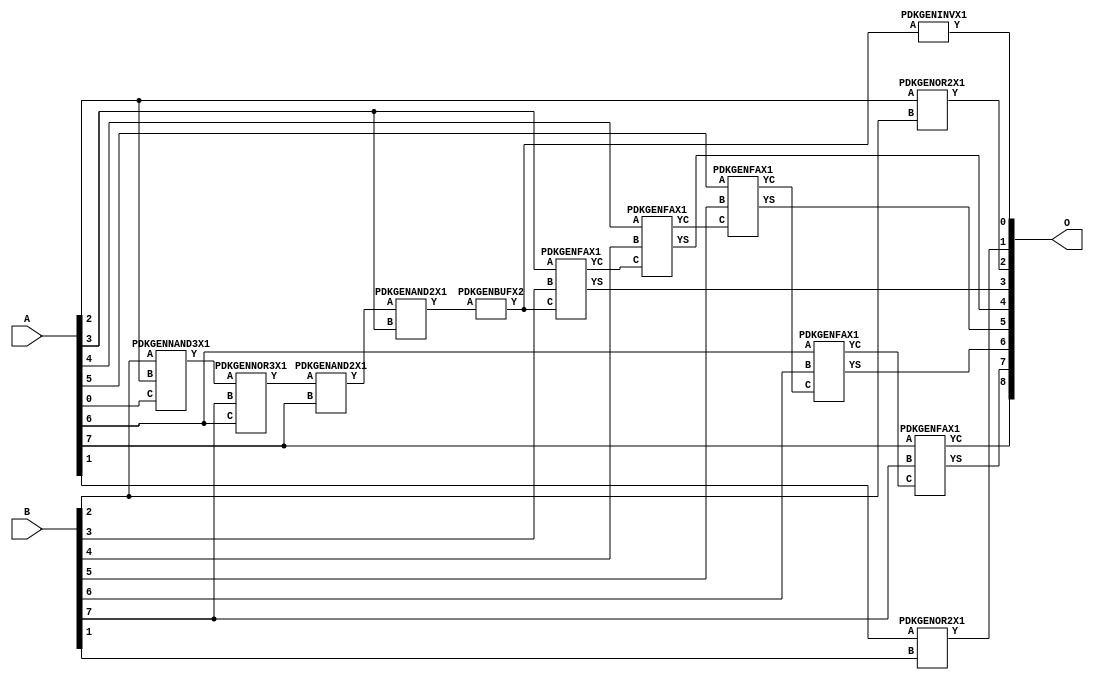
// Library = EvoApprox8b
// Circuit = add8_026
// Area   (180) = 868
// Delay  (180) = 1.580
// Power  (180) = 214.00
// Area   (45) = 63
// Delay  (45) = 0.590
// Power  (45) = 21.16
// Nodes = 13
// HD = 141440
// MAE = 1.75781
// MSE = 6.33594
// MRE = 0.93 %
// WCE = 7
// WCRE = 100 %
// EP = 71.8 %

module add8_026(A, B, O);
  input [7:0] A;
  input [7:0] B;
  output [8:0] O;
  wire [2031:0] N;

  assign N[0] = A[0];
  assign N[1] = A[0];
  assign N[2] = A[1];
  assign N[3] = A[1];
  assign N[4] = A[2];
  assign N[5] = A[2];
  assign N[6] = A[3];
  assign N[7] = A[3];
  assign N[8] = A[4];
  assign N[9] = A[4];
  assign N[10] = A[5];
  assign N[11] = A[5];
  assign N[12] = A[6];
  assign N[13] = A[6];
  assign N[14] = A[7];
  assign N[15] = A[7];
  assign N[16] = B[0];
  assign N[17] = B[0];
  assign N[18] = B[1];
  assign N[19] = B[1];
  assign N[20] = B[2];
  assign N[21] = B[2];
  assign N[22] = B[3];
  assign N[23] = B[3];
  assign N[24] = B[4];
  assign N[25] = B[4];
  assign N[26] = B[5];
  assign N[27] = B[5];
  assign N[28] = B[6];
  assign N[29] = B[6];
  assign N[30] = B[7];
  assign N[31] = B[7];

  PDKGENNAND3X1 n32(.A(N[20]), .B(N[4]), .C(N[0]), .Y(N[32]));
  PDKGENNOR3X1 n40(.A(N[32]), .B(N[30]), .C(N[12]), .Y(N[40]));
  PDKGENAND2X1 n66(.A(N[40]), .B(N[14]), .Y(N[66]));
  PDKGENAND2X1 n74(.A(N[66]), .B(N[6]), .Y(N[74]));
  assign N[75] = N[74];
  PDKGENOR2X1 n82(.A(N[2]), .B(N[18]), .Y(N[82]));
  PDKGENBUFX2 n84(.A(N[75]), .Y(N[84]));
  assign N[85] = N[84];
  PDKGENINVX1 n126(.A(N[85]), .Y(N[126]));
  assign N[127] = N[126];
  PDKGENOR2X1 n132(.A(N[4]), .B(N[20]), .Y(N[132]));
  PDKGENFAX1 n182(.A(N[6]), .B(N[22]), .C(N[84]), .YS(N[182]), .YC(N[183]));
  PDKGENFAX1 n232(.A(N[8]), .B(N[24]), .C(N[183]), .YS(N[232]), .YC(N[233]));
  PDKGENFAX1 n282(.A(N[10]), .B(N[26]), .C(N[233]), .YS(N[282]), .YC(N[283]));
  PDKGENFAX1 n332(.A(N[12]), .B(N[28]), .C(N[283]), .YS(N[332]), .YC(N[333]));
  PDKGENFAX1 n382(.A(N[14]), .B(N[30]), .C(N[333]), .YS(N[382]), .YC(N[383]));

  assign O[0] = N[127];
  assign O[1] = N[82];
  assign O[2] = N[132];
  assign O[3] = N[182];
  assign O[4] = N[232];
  assign O[5] = N[282];
  assign O[6] = N[332];
  assign O[7] = N[382];
  assign O[8] = N[383];

endmodule
/* mod */
module PDKGENFAX1( input A, input B, input C, output YS, output YC );
    assign YS = (A ^ B) ^ C;
    assign YC = (A & B) | (B & C) | (A & C);
endmodule
/* mod */
module PDKGENNOR3X1(input A, input B, input C, output Y );
     assign Y = ~((A | B) | C);
endmodule
/* mod */
module PDKGENAND2X1(input A, input B, output Y );
     assign Y = A & B;
endmodule
/* mod */
module PDKGENINVX1(input A, output Y );
     assign Y = ~A;
endmodule
/* mod */
module PDKGENNAND3X1(input A, input B, input C, output Y );
     assign Y = ~((A & B) & C);
endmodule
/* mod */
module PDKGENBUFX2(input A, output Y );
     assign Y = A;
endmodule
/* mod */
module PDKGENOR2X1(input A, input B, output Y );
     assign Y = A | B;
endmodule